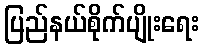
ပြည်နယ်စိုက်ပျိုးရေး